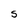
Character: S